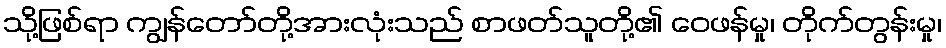
သို့ဖြစ်ရာ ကျွန်တော်တို့အားလုံးသည် စာဖတ်သူတို့၏ ဝေဖန်မှု၊ တိုက်တွန်းမှု၊